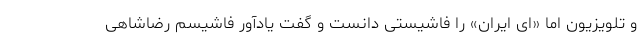
و تلویزیون اما «ای ایران» را فاشیستی دانست و گفت یادآور فاشیسم رضاشاهی